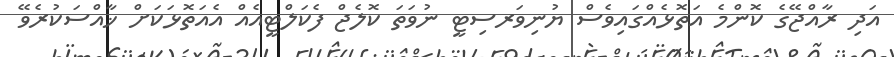
އަދި ރާއްޖޭގެ ކޮންމެ އަތޮޅެއްގައިވެސް ޔުނިވަރސިޓީ ނުވަތަ ކޮލެޖް ފެކަލްޓީއެއް އެއަތޮޅަކަށް ޚާއްސަކުރެވޭ